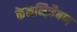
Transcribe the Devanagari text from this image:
केननिज़ैषण